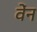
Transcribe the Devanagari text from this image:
वेंन